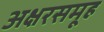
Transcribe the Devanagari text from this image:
अक्षरसमूह